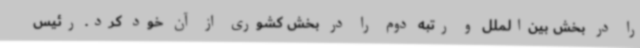
را در بخش بین‌الملل‌ و رتبه دوم را در بخش کشوری از آن‌ خود کرد. رئیس